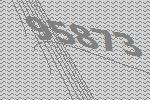
95873